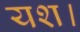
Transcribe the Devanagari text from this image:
यश।